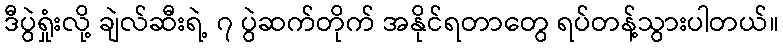
ဒီပွဲရှုံးလို့ ချဲလ်ဆီးရဲ့ ၇ ပွဲဆက်တိုက် အနိုင်ရတာတွေ ရပ်တန့်သွားပါတယ်။